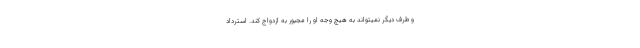
و طرف دیگر نمیتواند به هیچ وجه او را مجبور به ازدواج کند. استرداد